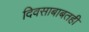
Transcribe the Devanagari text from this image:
दिवसाबाबतही